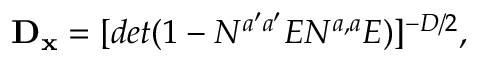
{ \bf D _ { x } } = [ d e t ( 1 - N ^ { a ^ { \prime } a ^ { \prime } } E N ^ { a , a } E ) ] ^ { - D / 2 } , \, \,